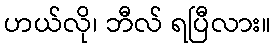
ဟယ်လို၊ ဘီလ် ရပြီလား။